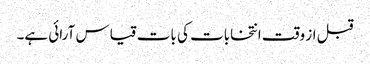
قبل از وقت انتخابات کی بات قیاس آرائی ہے۔